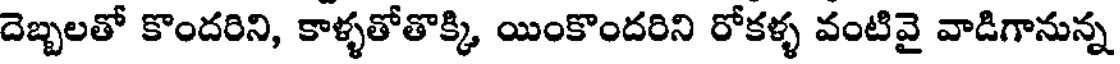
దెబ్బలతో కొందరిని, కాళ్ళతోతొక్కి యింకొందరిని రోకళ్ళ వంటివై వాడిగానున్న